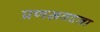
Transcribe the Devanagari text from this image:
प्रणम्रवदना